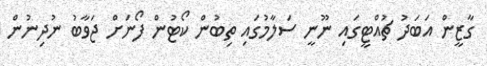
ގާޒީން އަބަދު ޗުއްޓީގައި ނޫނީ ސަލާމުގައި ތިބުން ކޯޓުން ފޯނަށް ޖަވާބު ނުދިނުން